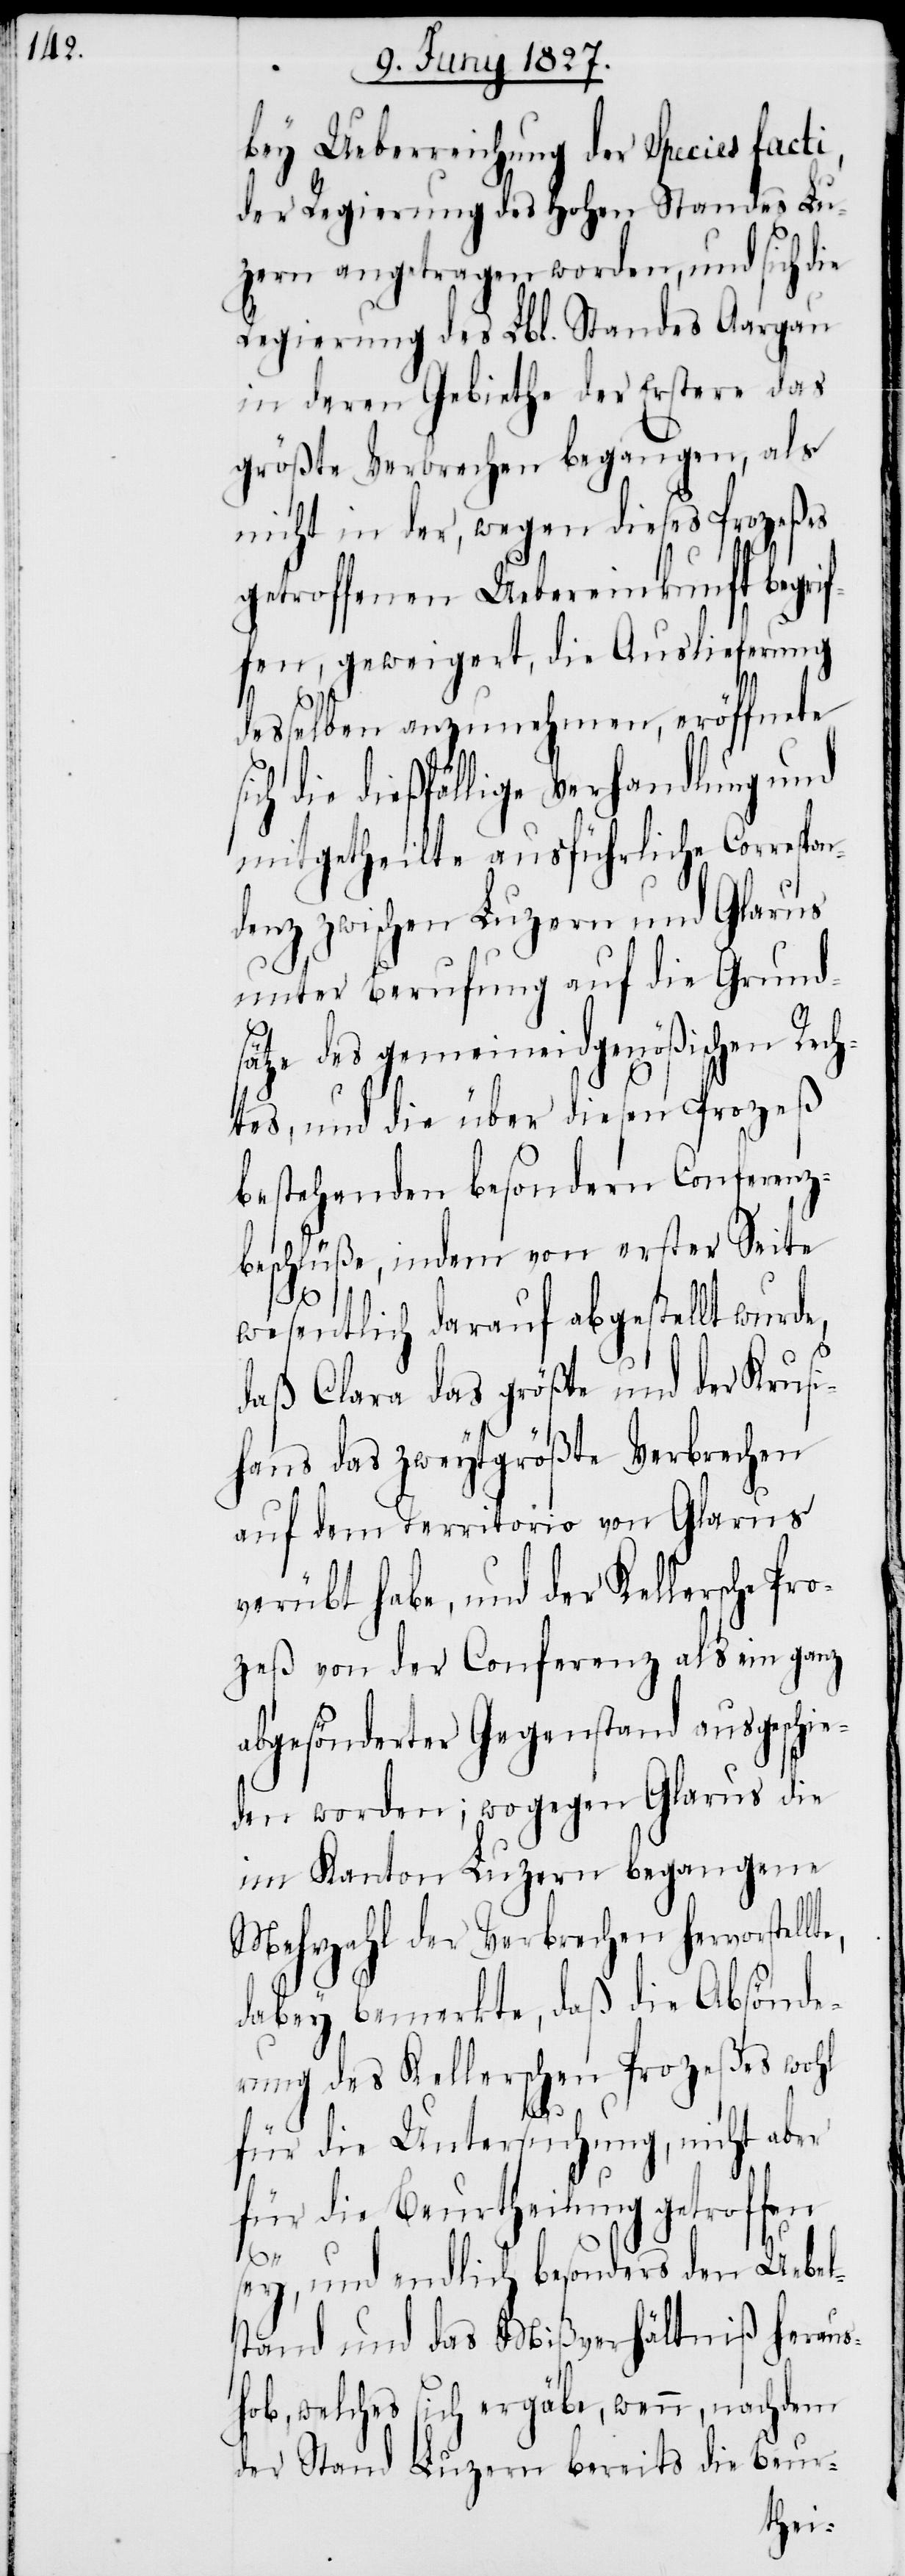
bey Ueberreichung der Species facti,
der Regierung des Hohen Standes Lu¬
zern angetragen worden, und sich die
Regierung des Lbl. Standes Aargau
in deren Gebiethe der Erstere das
größte Verbrechen begangen, als
nicht in der, wegen dieses Prozeßes
getroffenen Uebereinkunft begri¬
ffen, geweigert, die Auslieferung
desselben anzunehmen, eröffnete
die dießfällige Verhandlung und
mitgetheilte ausführliche Correspon¬
denz zwischen Luzern und Glarus
unter Berufung auf die Grund¬
sätze des gemeineidgenößischen Rech¬
tes, und die über diesen Prozeß
bestehenden besondern Conferenz¬
beschlüße, indem von erster Seite
wesentlich darauf abgestellt wurde,
daß Clara das größte und der Krusi¬
hans das zweytgrößte Verbrechen
auf dem Territorio von Glarus
verübt habe, und der Kellersche Pr¬
ozeß von der Conferenz als ein ganz
abgesönderter Gegenstand ausgeschie¬
den worden; wogegen Glarus die
im Kanton Luzern begangene
Mehrzahl der Verbrechen hervorstel¬
dabey bemerkte, daß die Absönde¬
rung des Kellerschen Prozeßes wohl
lte,
für die Untersuchung, nicht aber
für die Beurtheilung getroffen
sey, und endlich besonders den Uebel¬
stand und das Mißverhältniß heraus¬
hob, welches sich ergäbe, wenn, nachdem
der Stand Luzern bereits die Beur-